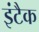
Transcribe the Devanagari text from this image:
इंटैक